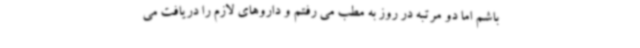
باشم اما دو مرتبه در روز به مطب می رفتم و داروهای لازم را دریافت می